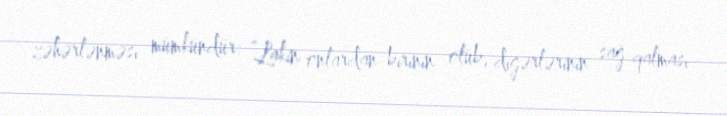
zəhərlənməsi mümkündür: “Lakin onlardan birinin ölüb, digərlərinin sağ qalması